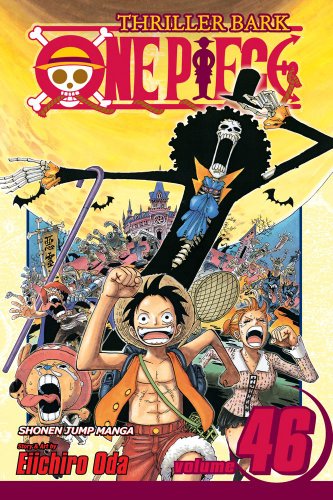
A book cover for One Piece, Vol. 46; Eiichiro Oda; Comics & Graphic Novels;